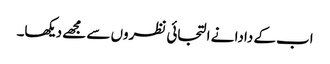
اب کے دادا نے التجائی نظروں سے مجھے دیکھا۔